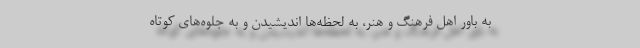
به باور اهل فرهنگ و هنر، به لحظه­‌ها اندیشیدن و به جلوه‌های کوتاه